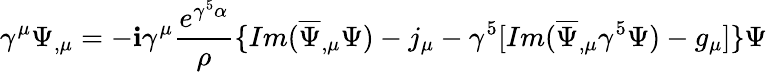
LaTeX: \gamma^{\mu}\Psi_{,\mu}=-\mathbf{i}\gamma^{\mu}\frac{{e^{\gamma^{5}\alpha}}}{{\rho}}\{ Im(\overline{{{{\Psi}}}}_{,\mu}\Psi)-j_{\mu}-\gamma^{5}[Im(\overline{{{{\Psi}}}}_{,\mu}\gamma^{5}\Psi)-g_{\mu}]\} \Psi